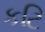
કટિ